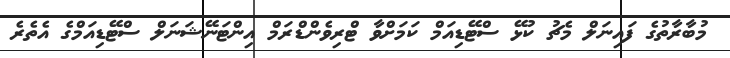
މުބާރާތުގެ ފައިނަލް މެޗު ކުޅޭ ސްޓޭޑިއަމް ކަމަށްވާ ޓްރިވެންޑްރަމް އިންޓަނޭޝަނަލް ސްޓޭޑިއަމްގެ އެތެރެ